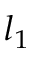
l _ { 1 }